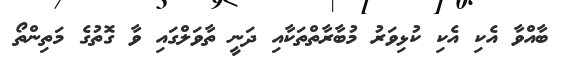
ބާއްވާ އެކި އެކި ކުޅިވަރު މުބާރާތްތަކާއި ދަނީ ތާވަލްގައި ވާ ގޮތުގެ މަތިންތޯ